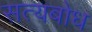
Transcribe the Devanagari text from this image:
सत्यबोध